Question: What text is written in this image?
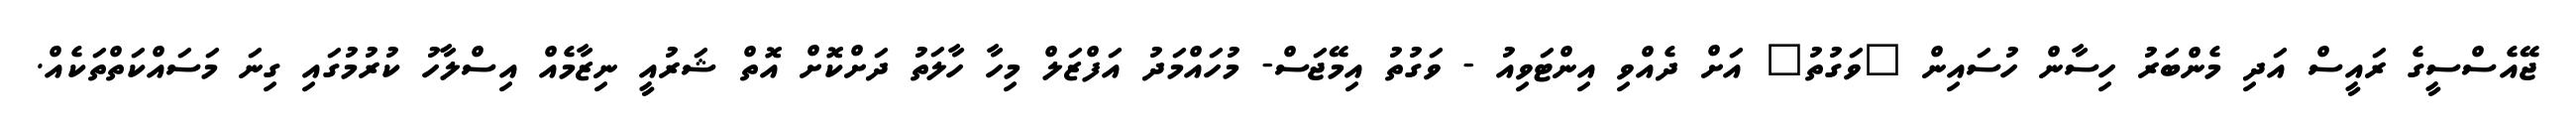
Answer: ޖޭއެސްސީގެ ރައީސް އަދި މެންބަރު ހިސާން ހުސައިން "ވަގުތު" އަށް ދެއްވި އިންޓަވިއު - ވަގުތު އިމޭޖަސް- މުހައްމަދު އަފްޒަލް މިހާ ހާލަތު ދަށްކޮށް އޮތް ޝަރުއީ ނިޒާމެއް އިސްލާހު ކުރުމުގައި ގިނަ މަސައްކަތްތަކެއް.